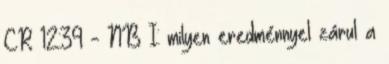
CR 12:39 - NB I: milyen eredménnyel zárul a